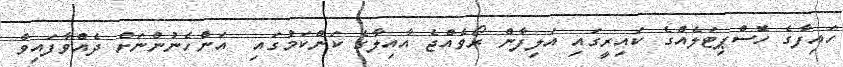
ހައިފާގެ ހޮސްޕިޓަލެއްގެ ކައިރީގައި އަލިފާން ރޯވެއްޖެ އާއިލާގެ ކަންކަމުގައި  އަންހެނުންނަށް ދެއްވާފައިވާ